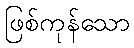
ဖြစ်ကုန်သော